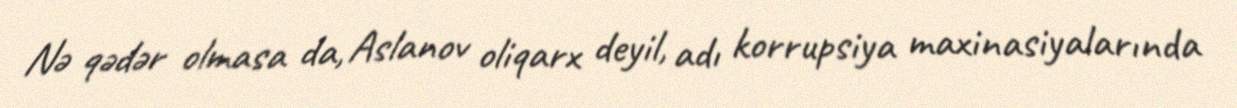
Nə qədər olmasa da, Aslanov oliqarx deyil, adı korrupsiya maxinasiyalarında